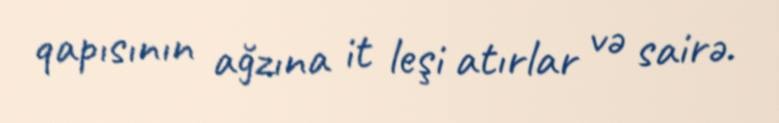
qapısının ağzına it leşi atırlar və sairə.